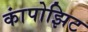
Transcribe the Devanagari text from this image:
कांपोझिट